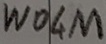
Text: W04M